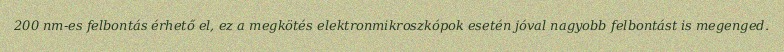
200 nm-es felbontás érhető el, ez a megkötés elektronmikroszkópok esetén jóval nagyobb felbontást is megenged.